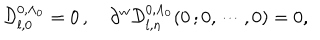
LaTeX: \mathcal { D } _ { l , 0 } ^ { 0 , \Lambda _ { 0 } } = 0 \, , \quad \partial ^ { w } \mathcal { D } _ { l , n } ^ { 0 , \Lambda _ { 0 } } ( 0 \, ; 0 , \cdots , 0 ) = 0 ,